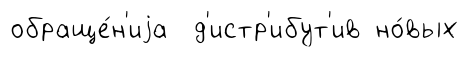
обраще́н'иjа д'истр'ибут'ив но́вых